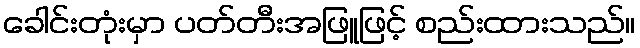
ခေါင်းတုံးမှာ ပတ်တီးအဖြူဖြင့် စည်းထားသည်။